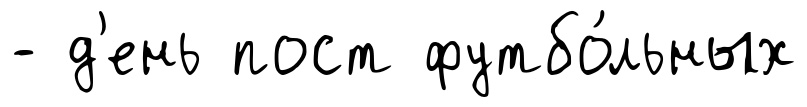
- д'ень пост футбо́льных